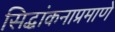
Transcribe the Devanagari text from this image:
सिद्धांकनाप्रमाणे